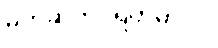
မုတ်ဆိတ်ပဲရိတ်မှာပါ။